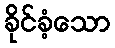
ခိုင်ခံ့သော